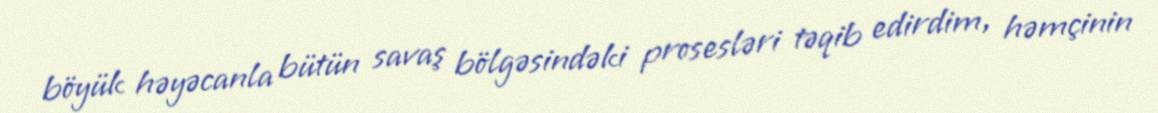
böyük həyəcanla bütün savaş bölgəsindəki prosesləri təqib edirdim, həmçinin